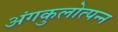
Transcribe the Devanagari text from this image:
अंगकुलोत्पन्न